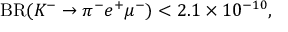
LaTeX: \mathrm { B R } ( K ^ { - } \rightarrow \pi ^ { - } e ^ { + } \mu ^ { - } ) < 2 . 1 \times 1 0 ^ { - 1 0 } ,